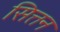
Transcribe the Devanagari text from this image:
सित्तन